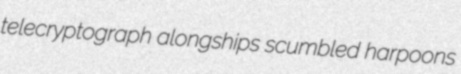
telecryptograph alongships scumbled harpoons